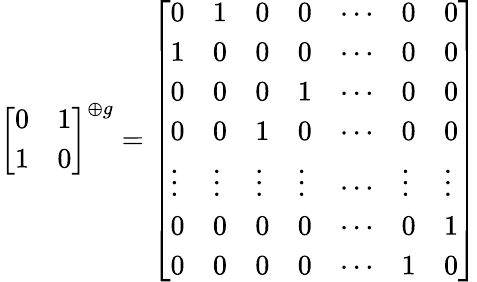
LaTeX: {\left[\begin{array}{ll}{0}&{1}\\ {1}&{0}\end{array}\right]}^{\oplus g}={\left[\begin{array}{lllllll}{0}&{1}&{0}&{0}&{\cdots}&{0}&{0}\\ {1}&{0}&{0}&{0}&{\cdots}&{0}&{0}\\ {0}&{0}&{0}&{1}&{\cdots}&{0}&{0}\\ {0}&{0}&{1}&{0}&{\cdots}&{0}&{0}\\ {\vdots}&{\vdots}&{\vdots}&{\vdots}&{\cdots}&{\vdots}&{\vdots}\\ {0}&{0}&{0}&{0}&{\cdots}&{0}&{1}\\ {0}&{0}&{0}&{0}&{\cdots}&{1}&{0}\end{array}\right]}